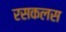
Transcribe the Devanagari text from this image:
रसकलस